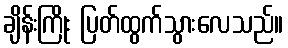
ချိန်းကြိုး ပြတ်ထွက်သွားလေသည်။